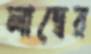
লাম্বের